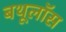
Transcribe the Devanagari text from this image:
बथूलॉस